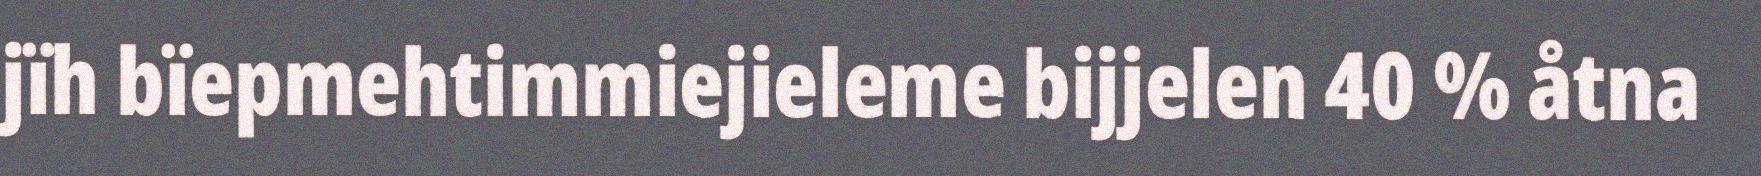
jïh bïepmehtimmiejieleme bijjelen 40 % åtna